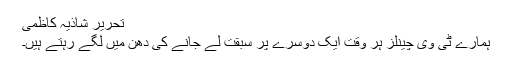
تحریر شاذیہ کاظمی
ہمارے ٹی وی چینلز ہر وقت ایک دوسرے پر سبقت لے جانے کی دھن میں لگے رہتے ہیں۔